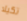
تكيلا